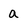
Character: a